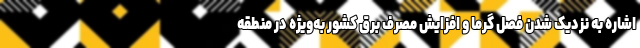
اشاره به نزدیک شدن فصل گرما و افزایش مصرف برق کشور به‌ویژه در منطقه